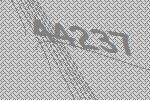
44237